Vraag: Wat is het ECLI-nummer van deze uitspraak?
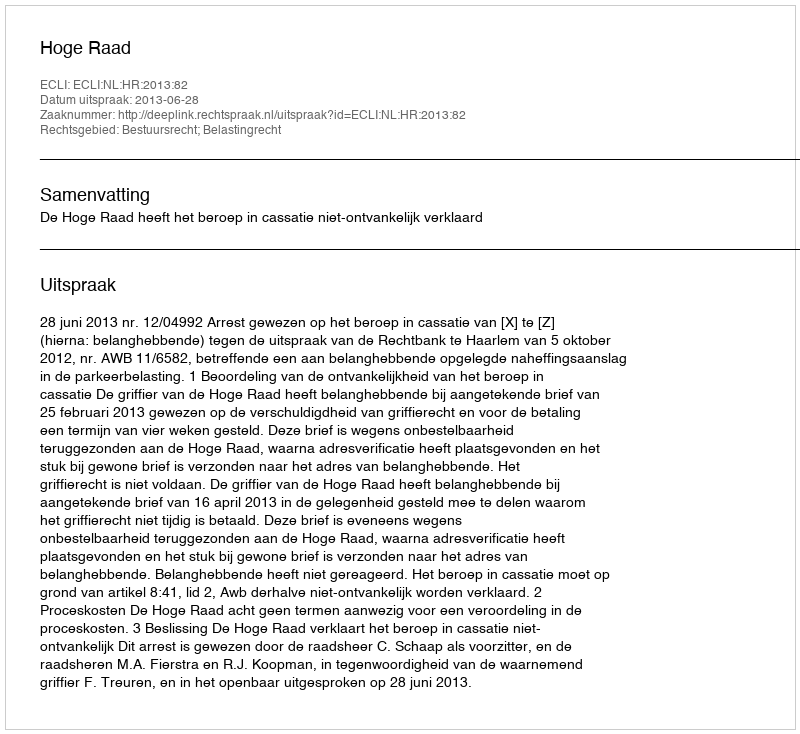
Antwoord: ECLI:NL:HR:2013:82